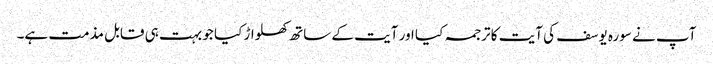
آپ نے سورہ یوسف کی آیت کا ترجمہ کیا اور آیت کے ساتھ کھلواڑ کیا جو بہت ہی قابل مذمت ہے۔